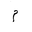
Letter: _mim